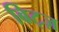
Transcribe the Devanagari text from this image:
बिट्ज़